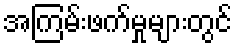
အကြမ်းဖက်မှုများတွင်